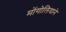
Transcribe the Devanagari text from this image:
मोंगोलियाने